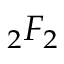
{ } _ { 2 } F _ { 2 }